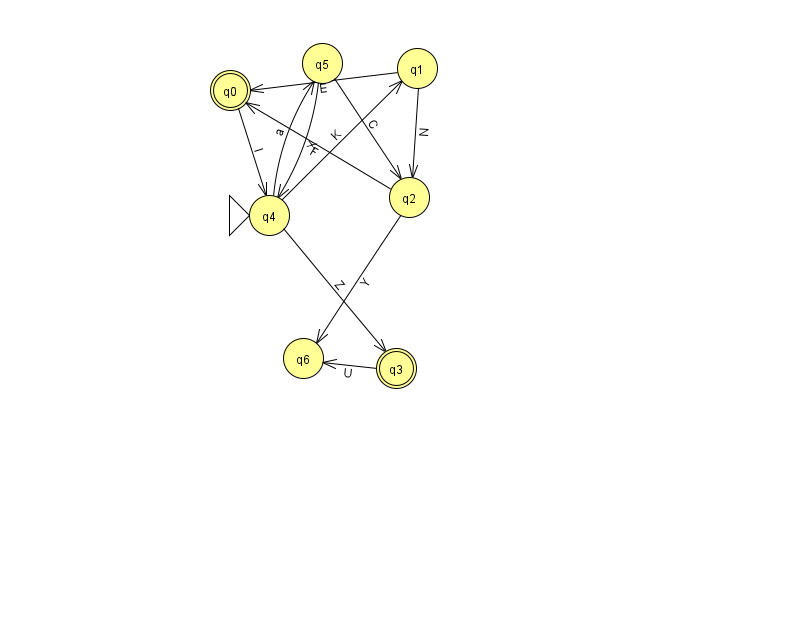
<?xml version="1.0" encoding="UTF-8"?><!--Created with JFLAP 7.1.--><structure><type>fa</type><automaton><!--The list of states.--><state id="0" name="q0"><x>230.0</x><y>77.0</y><final/></state><state id="1" name="q1"><x>417.0</x><y>55.0</y></state><state id="2" name="q2"><x>409.0</x><y>184.0</y></state><state id="3" name="q3"><x>396.0</x><y>355.0</y><final/></state><state id="4" name="q4"><x>269.0</x><y>202.0</y><initial/></state><state id="5" name="q5"><x>322.0</x><y>50.0</y></state><state id="6" name="q6"><x>303.0</x><y>345.0</y></state><!--The list of transitions.--><transition><from>5</from><to>2</to><read>C</read></transition><transition><from>0</from><to>4</to><read>I</read></transition><transition><from>4</from><to>5</to><read>a</read></transition><transition><from>4</from><to>3</to><read>Z</read></transition><transition><from>1</from><to>0</to><read>E</read></transition><transition><from>3</from><to>6</to><read>U</read></transition><transition><from>2</from><to>0</to><read>F</read></transition><transition><from>4</from><to>1</to><read>K</read></transition><transition><from>5</from><to>4</to><read>X</read></transition><transition><from>2</from><to>6</to><read>Y</read></transition><transition><from>1</from><to>2</to><read>N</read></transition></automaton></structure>